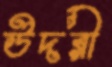
উদরী